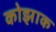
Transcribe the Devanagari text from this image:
कोझाक